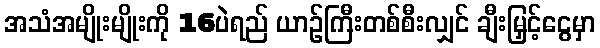
အသံအမျိုးမျိုးကို 16ပဲရည် ယာဉ်ကြီးတစ်စီးလျှင် ချီးမြှင့်ငွေမှာ